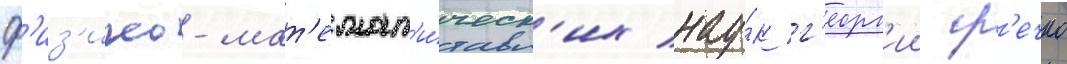
ф'из'ико-мат'емат'и́ческ'их нау́к г'еорг'ии гр'ечко